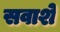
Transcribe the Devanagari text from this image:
सवाशे